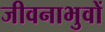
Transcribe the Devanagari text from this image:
जीवनाभुवों